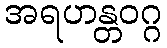
အရဟန္တဝဂ္ဂ